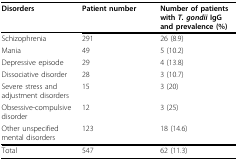
<table><thead><tr><td><b>Disorders</b></td><td><b>Patient number</b></td><td><b>Number of patients with <i>T. gondii </i>IgG and prevalence (%)</b></td></tr></thead><tbody><tr><td>Schizophrenia</td><td>291</td><td>26 (8.9)</td></tr><tr><td>Mania</td><td>49</td><td>5 (10.2)</td></tr><tr><td>Depressive episode</td><td>29</td><td>4 (13.8)</td></tr><tr><td>Dissociative disorder</td><td>28</td><td>3 (10.7)</td></tr><tr><td>Severe stress and adjustment disorders</td><td>15</td><td>3 (20)</td></tr><tr><td>Obsessive-compulsive disorder</td><td>12</td><td>3 (25)</td></tr><tr><td>Other unspecified mental disorders</td><td>123</td><td>18 (14.6)</td></tr><tr><td>Total</td><td>547</td><td>62 (11.3)</td></tr></tbody></table>